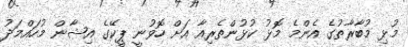
މުޅި މުބާރާތުގެ އެންމެ މޮޅު ކުޅުންތެރިއާ އަށް ހޮވުނީ ޕީކޭގެ އިޝާން މުހައްމަދު